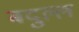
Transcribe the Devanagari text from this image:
बदुल्ल